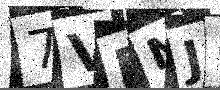
Text: 7VDNJ6